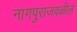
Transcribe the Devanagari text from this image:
नागपुराजवळील